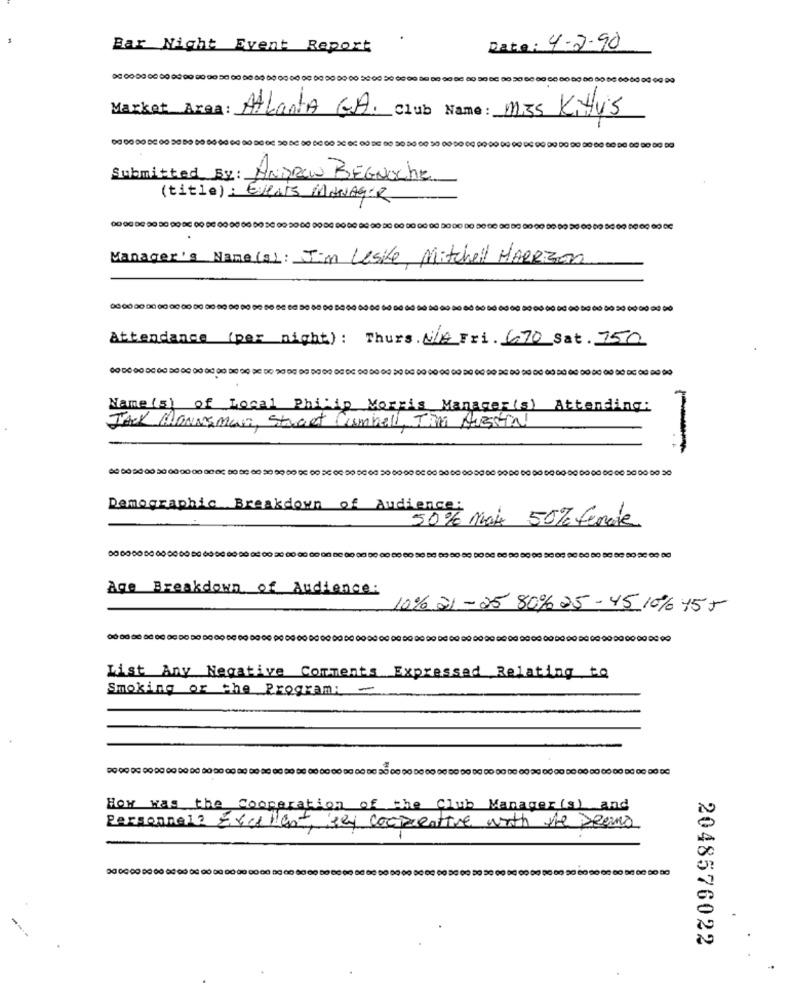
Bar Night Event Report
Date: 4-2-90
Market Area:
Atlanta GA. Club Name : MIS Kitty's
Submitted By: ANDREW BEGNOChe
(title) : EVENTS MANAGER
Manager's Name(a): Jim Lesike Mitchell MARRison
Attendance (per night): Thurs. N/A Fri. 670 Sat. 750
Name(s) of Local Philip Morris Manager (s) Attending:
Jack Mawasman, Street Cambell, TAM AROTa!
Demographic Breakdown of Audience;
50% Max 50% female
Age Breakdown of Audience:
10% 21 - 25 80% 25- 45 10% 455
List Any Negative Comments Expressed Relating to
Smoking or the Program: -
How was the cooperation of the Club Manager (s) and
Personnel? Excellent isen cooperative with the prema
-
2048576022